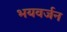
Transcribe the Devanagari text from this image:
भयवर्जन